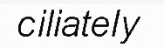
ciliately